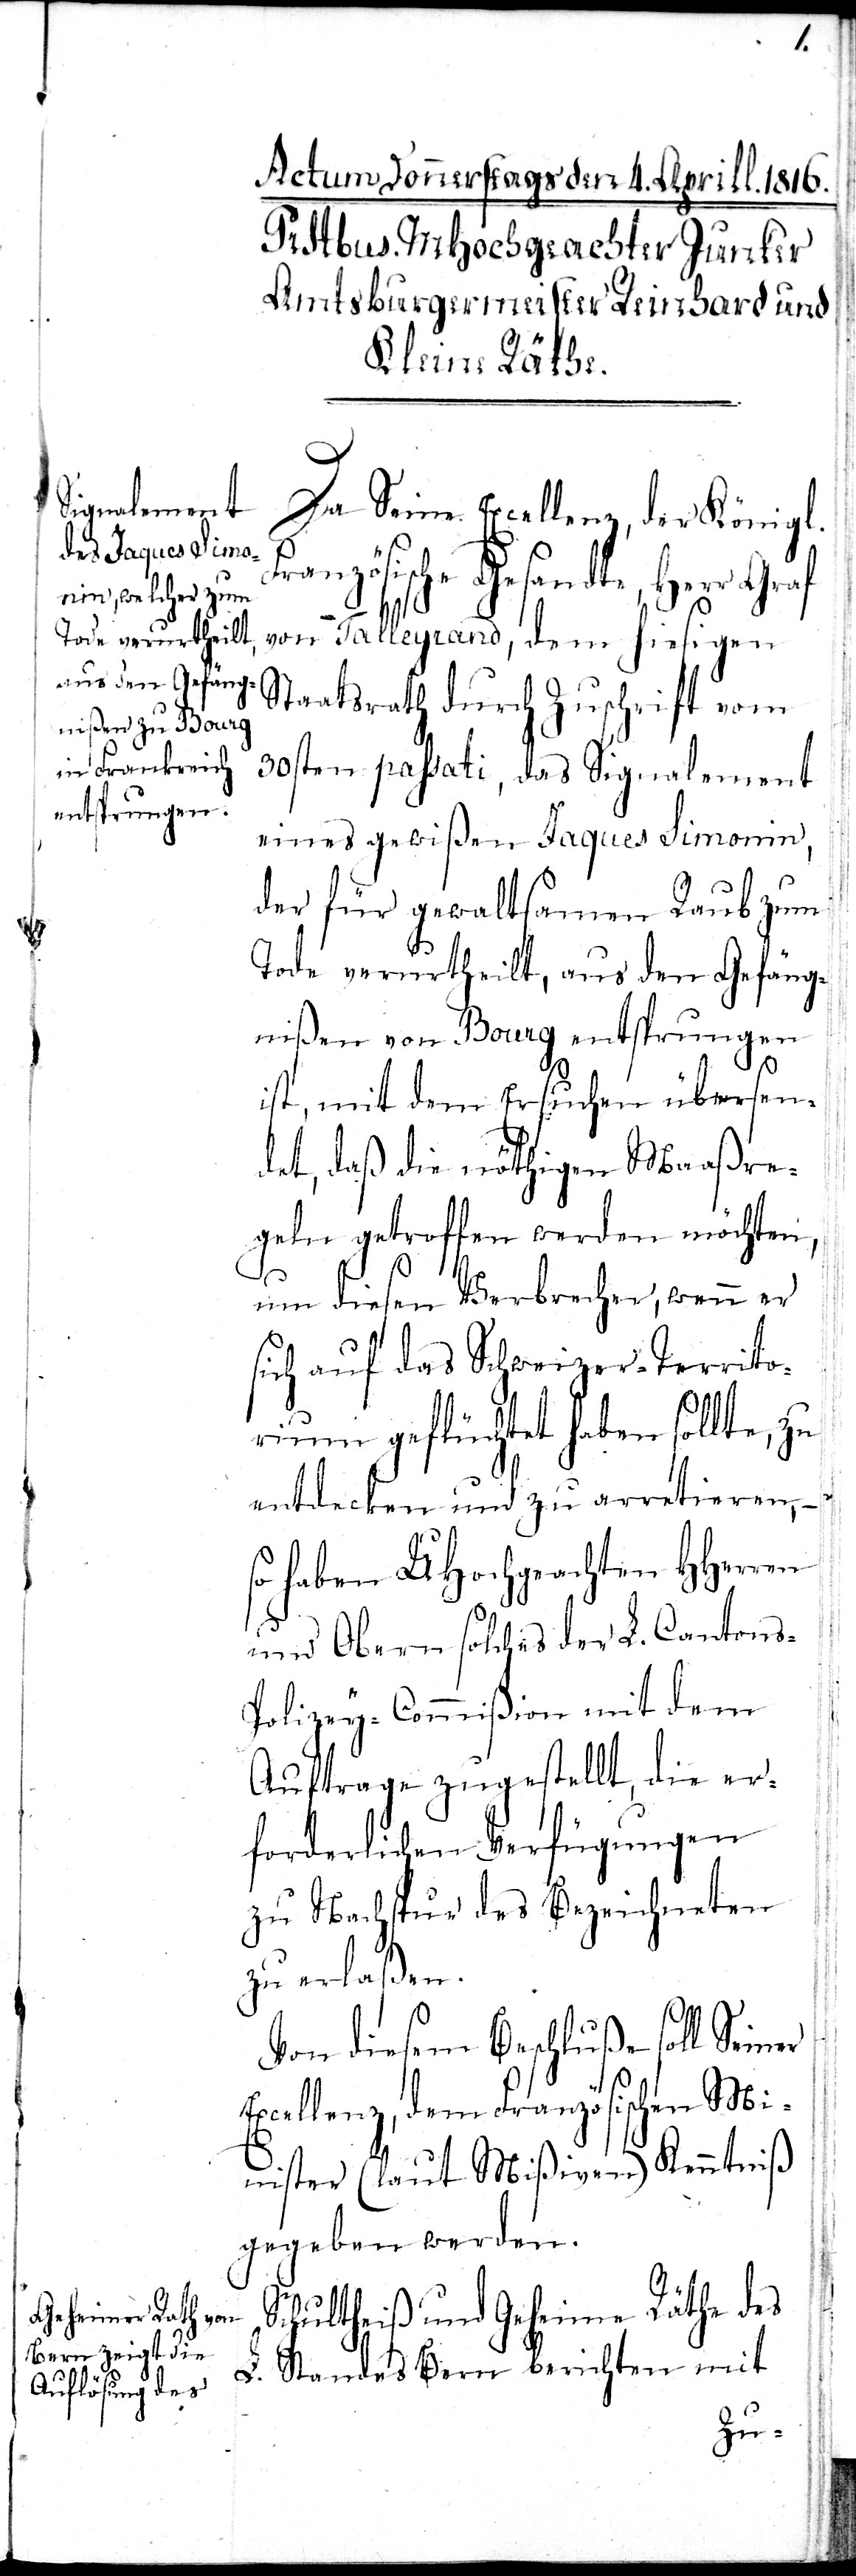
er

Da Seine Exzellenz, der Königl.
ranzösische Gesandte, Herr Graf
von Talleyrand, dem hiesigen
Staatsrath durch Zuschrift vom
30sten passati, das Signalement
eines gewißen Jaques Simonin,
der für gewaltsamen Raub zum
Tode verurtheilt, aus den Gefäng¬
nißen von Bourg entsprungen
ist, mit dem Ersuchen übersen¬
det, daß die nöthigen Maßre¬
geln getroffen werden möchten,
um diesen Verbrecher, wenn er
sich auf das Schweizer-Territo¬
rium geflüchtet haben sollte, zu
entdecken und zu arretieren,–
so haben UHochgeachten HHerren
und Obern solches der L. Cantons-P¬
olizey-Commißion mit dem
Auftrage zugestellt, die er¬
forderlichen Verfügungen
zu Nachspur des Bezeichneten
zu erlaßen.
Von diesem Beschluße soll Sein¬
Exzellenz, dem Französischen Mi¬
nister (laut Mißiven) Kenntniß
gegeben werden.
Schultheiß und Geheime Räthe des
L. Standes Bern berichten mit